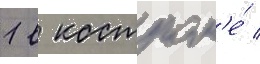
1 в костром'е́ /